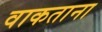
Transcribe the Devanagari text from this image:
वाकताना